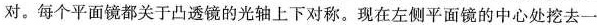
对。每个平面镜都关于凸透镜的光轴上下对称。现在左侧平面镜的中心处挖去一